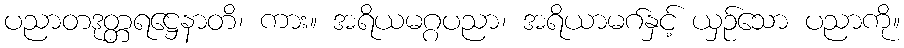
ပညာတဒုတ္တရဋ္ဌေနာတိ၊ ကား။ အရိယမဂ္ဂပညာ၊ အရိယာမဂ်နှင့် ယှဉ်သော ပညာကို။